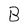
Character: B